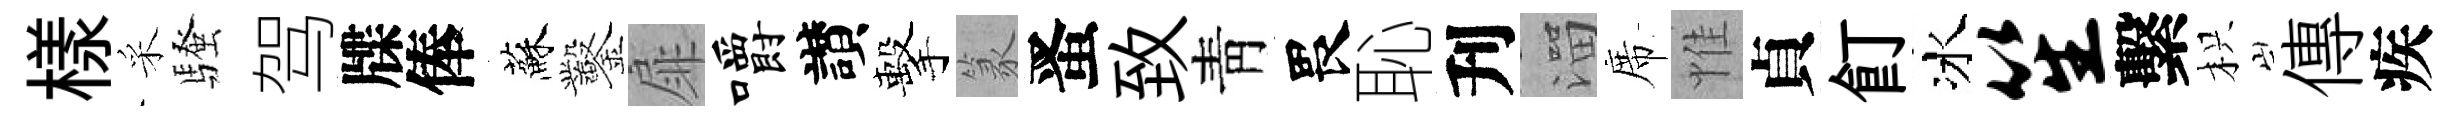
樣采騷驾牒俸蘇鑿扉嚼讃擊篆󱉠致靑畏恥刋溜席惟貞飣冰笙繫枳傳疾